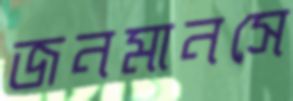
জনমানসে